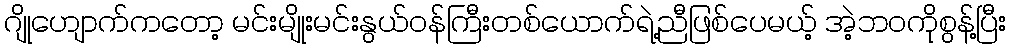
ဂျိုဟျောက်ကတော့ မင်းမျိုးမင်းနွယ်ဝန်ကြီးတစ်ယောက်ရဲ့ညီဖြစ်ပေမယ့် အဲ့ဘဝကိုစွန့်ပြီး